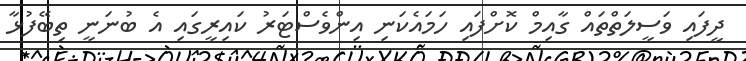
ދީފައި ވަސީލަތްތައް ގާއިމް ކޮށްފައި ހަމައެކަނި އިންވެސްޓަރު ކައިރީގައި އެ ބުނަނީ ތިބޭފުޅާ